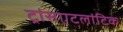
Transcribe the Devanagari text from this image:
ट्रांसएटलांटिक